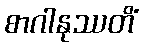
စာဂါနုဿတိံ